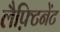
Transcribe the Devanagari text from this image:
लैफ़्टिनेंट